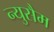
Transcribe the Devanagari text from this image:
न्युसैम